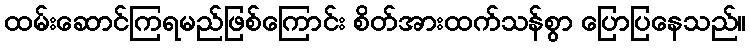
ထမ်းဆောင်ကြရမည်ဖြစ်ကြောင်း စိတ်အားထက်သန်စွာ ပြောပြနေသည်။